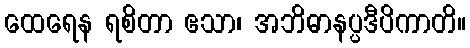
ထေရေန ရစိတာ ဧသာ၊ အဘိဓာနပ္ပဒီပိကာတိ။